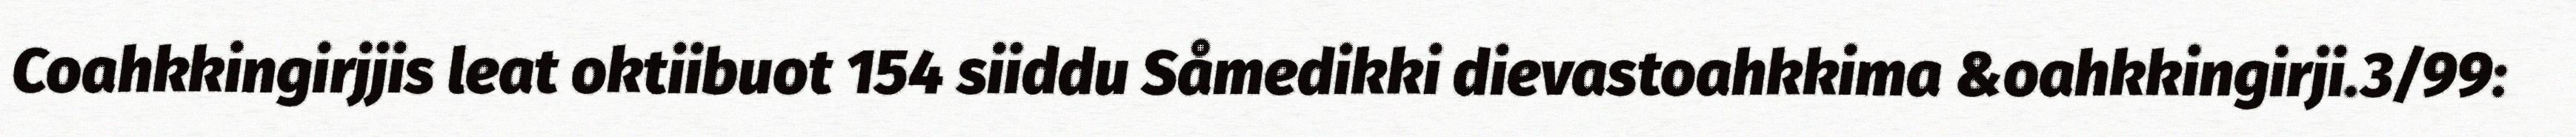
Coahkkingirjjis leat oktiibuot 154 siiddu Såmedikki dievastoahkkima &oahkkingirji.3/99: